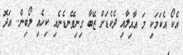
އެކޯ އެކަމަކި މަ އާއިލާއި ދެކެޑަށް ޒޭބާ ގިނިވޭނޑެނެއި ކިހެއި ލޯބިން.. އަދޮ